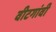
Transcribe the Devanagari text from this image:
वीटगांवी